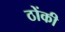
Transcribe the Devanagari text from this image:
ठोंकी